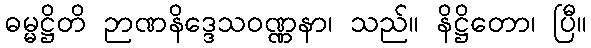
ဓမ္မဋ္ဌိတိ ဉာဏနိဒ္ဒေသဝဏ္ဏနာ၊ သည်။ နိဋ္ဌိတော၊ ပြီ။